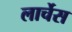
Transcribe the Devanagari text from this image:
लार्चेस